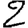
Digit: 2